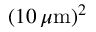
( 1 0 \, \mu \mathrm { m } ) ^ { 2 }